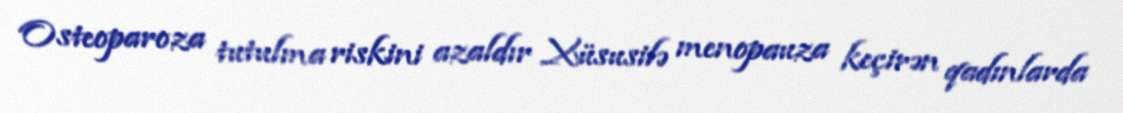
Osteoparoza tutulma riskini azaldır Xüsusilə menopauza keçirən qadınlarda